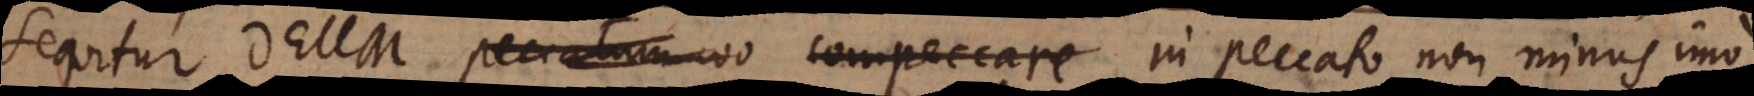
sequitur Deum peccatum coo compeccare in peccato non minus imo